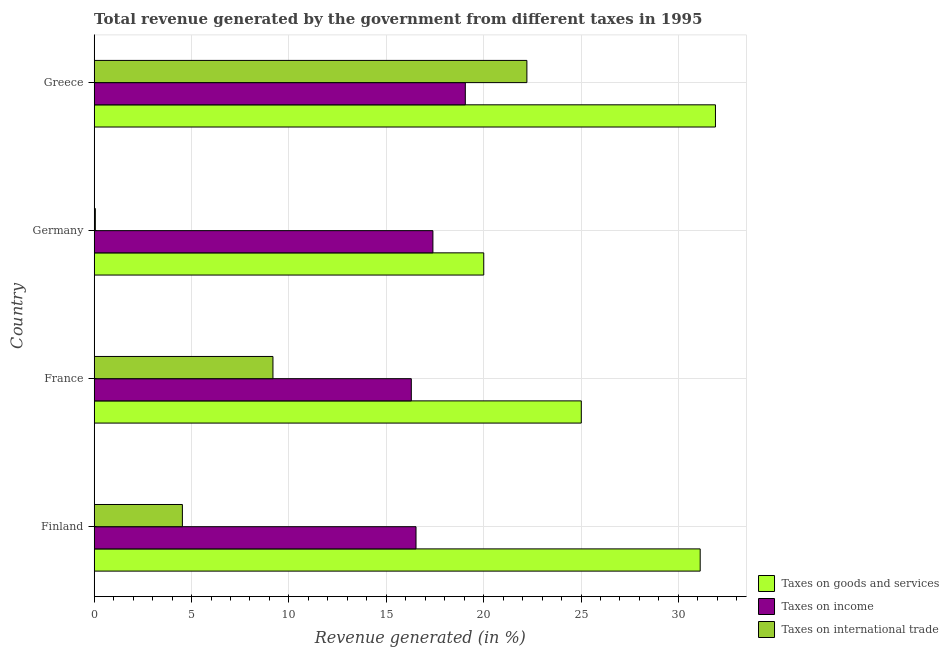
| Country | Taxes on goods and services | Taxes on income | Taxes on international trade |
 | --- | --- | --- | --- |
 | Finland | 31.1 | 16.5 | 4.53 |
 | France | 25 | 16.3 | 9.18 |
 | Germany | 20 | 17.4 | 0.0582 |
 | Greece | 31.9 | 19.1 | 22.2 |